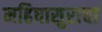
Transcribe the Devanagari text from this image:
महिषासुराचा